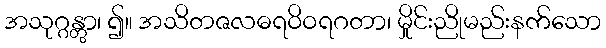
အသုဂ္ဂန္တွာ၊ ၍။ အသိတဇလဓရဝိဝရဂတာ၊ မှိုင်းညိုမည်းနက်သော